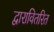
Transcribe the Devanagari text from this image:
द्वारावितरित